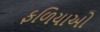
ફળિયાઓ